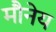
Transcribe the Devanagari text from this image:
मौनेय